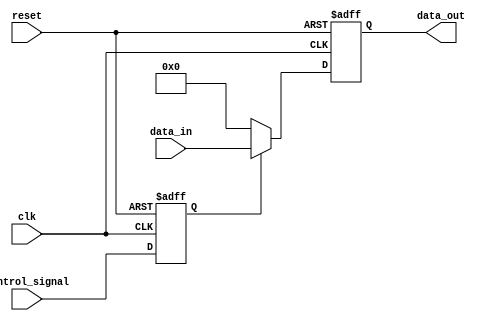
module Disable (
    input wire control_signal,  // Control signal to enable/disable the block
    input wire clk,             // Clock signal for synchronous operations
    input wire reset,           // Asynchronous reset signal
    input wire [N-1:0] data_in, // Input data (width defined by N)
    output reg [N-1:0] data_out // Output data (width defined by N)
);
    parameter N = 8; // Parameter to define the width of the data signals

    reg enabled; // Internal state to track if the block is enabled or disabled

    // Asynchronous reset and state management
    always @(posedge clk or posedge reset) begin
        if (reset) begin
            enabled <= 1'b0; // Reset the state to disabled
            data_out <= {N{1'b0}}; // Reset output to 0
        end else begin
            enabled <= control_signal; // Update the enabled state based on control signal

            if (enabled) begin
                data_out <= data_in; // Pass the input data to output when enabled
            end else begin
                // When disabled, hold the last valid state or drive to a predefined state
                // Uncomment one of the following lines based on desired behavior:
                
                // Hold last valid state (data_out retains its previous value)
                // data_out <= data_out; // No change

                // Drive to a predefined state (e.g., logic low)
                data_out <= {N{1'b0}}; // Drive output to logic low
            end
        end
    end
endmodule